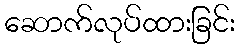
ဆောက်လုပ်ထားခြင်း